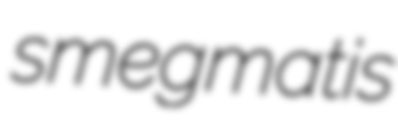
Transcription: smegmatis